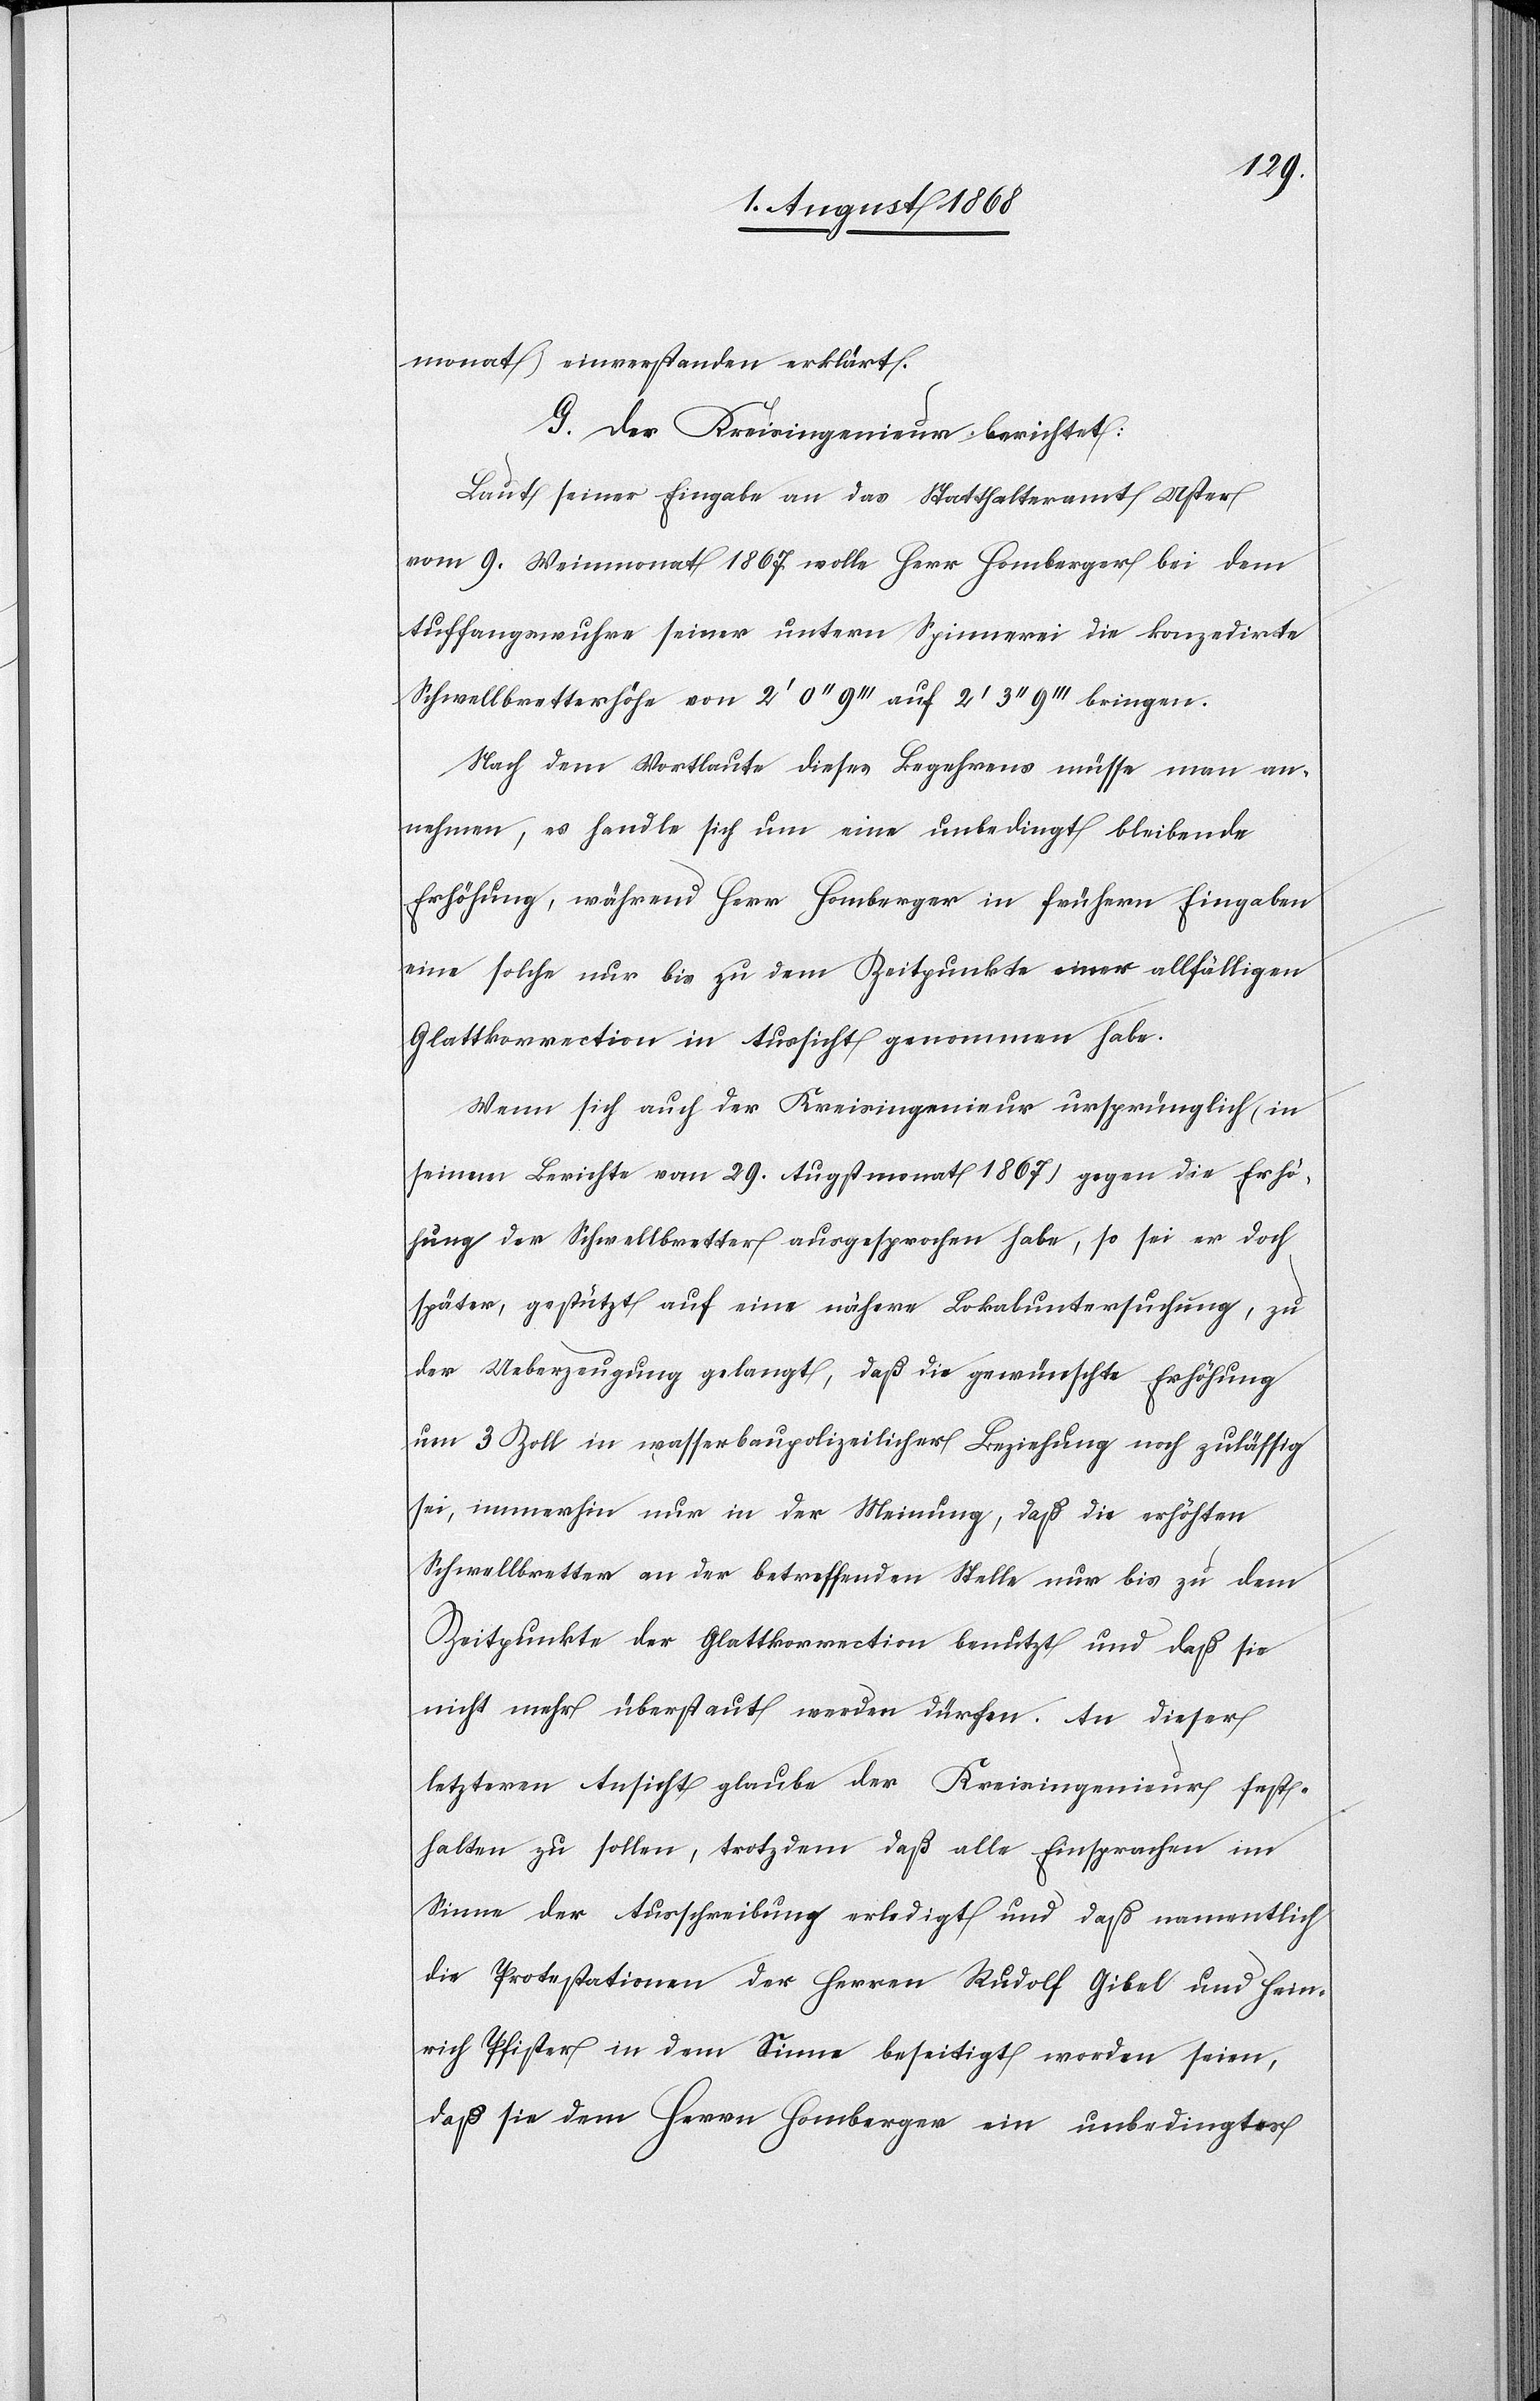
monat) einverstanden erklärt.
G. Der Kreisingenieur berichtet:
Laut seiner Eingabe an das Statthalteramt Uster
vom 9. Weinmonat 1867 wolle Herr Homberger bei dem
Auffangswuhre seiner untern Spinnerei die konzedirte
Schwellbretterhöhe von 2‘ 0‘‘ 9‘‘‘ auf 2‘ 3‘‘ 9‘‘‘ bringen.
Nach dem Wortlaute dieses Begehrens müsse man an¬
nehmen, es handle sich um eine unbedingt bleibende
Erhöhung, während Herr Homberger in frühern Eingaben
eine solche nur bis zu dem Zeitpunkte einer allfälligen
Glattkorrection in Aussicht genommen habe.
Wenn sich auch der Kreisingenieur ursprünglich (in
seinem Berichte vom 29. Augstmonat 1867) gegen die Erhö¬
hung der Schwellbretter ausgesprochen habe, so sei er doch
später, gestützt auf eine nähere Lokaluntersuchung, zu
der Ueberzeugung gelangt, daß die gewünschte Erhöhung
um 3 Zoll in wasserbaupolizeilicher Beziehung noch zulässig
sei, immerhin nur in der Meinung, daß die erhöhten
Schwellbretter an der betreffenden Stelle nur bis zu dem
Zeitpunkte der Glattkorrection benutzt und daß sie
nicht mehr überstaut werden dürfen. An dieser
letzteren Ansicht glaube der Kreisingenieur fest¬
halten zu sollen, trotzdem daß alle Einsprachen im
Sinne der Ausschreibung erledigt und daß namentlich
die Protestationen der Herren Rudolf Gibel und Hein¬
rich Pfister in dem Sinne beseitigt worden seien,
daß sie dem Herrn Homberger ein unbedingtes